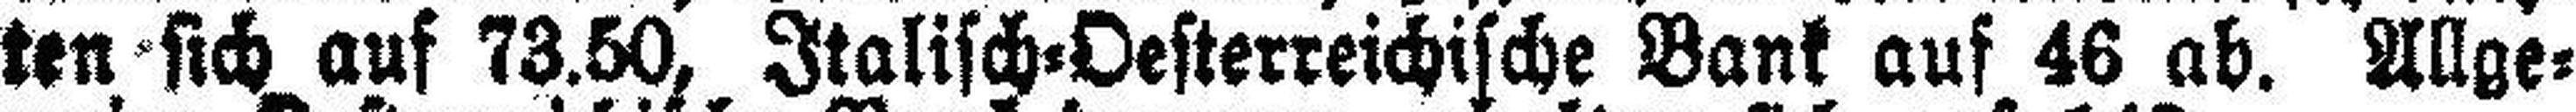
ten sich auf 73.50, Italisch=Oesterreichische Bank auf 46 ab. Allge¬